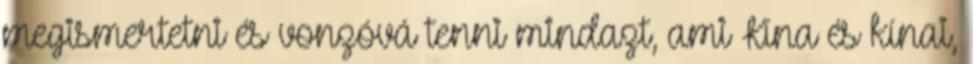
megismertetni és vonzóvá tenni mindazt, ami Kína és kínai,